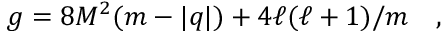
g = 8 M ^ { 2 } ( m - | q | ) + 4 \ell ( \ell + 1 ) / m \quad ,